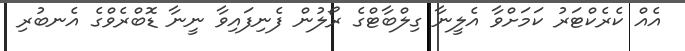
އެއް ކެރެކްޓަރު ކަމަށްވާ އެލީނާ ގިލްބާޓްގެ ރޯލުން ފެނިފައިވާ ނީނާ ޑޮބްރެވްގެ އެނބުރި